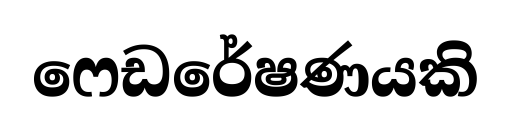
ෆෙඩරේෂණයකි